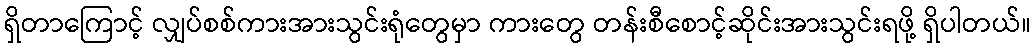
ရှိတာကြောင့် လျှပ်စစ်ကားအားသွင်းရုံတွေမှာ ကားတွေ တန်းစီစောင့်ဆိုင်းအားသွင်းရဖို့ ရှိပါတယ်။